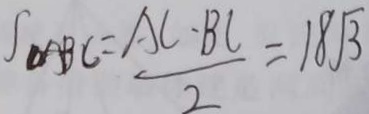
S _ { \Delta } A B C = \frac { A C \cdot B C } { 2 } = 1 8 \sqrt { 3 }